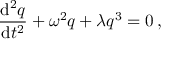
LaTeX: { \frac { \mathrm { d } ^ { 2 } q } { \mathrm { d } t ^ { 2 } } } + \omega ^ { 2 } q + \lambda q ^ { 3 } = 0 \, ,